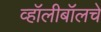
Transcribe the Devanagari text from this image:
व्हॉलीबॉलचे